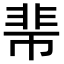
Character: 𩇱